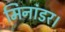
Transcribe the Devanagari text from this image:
मिनांडर।